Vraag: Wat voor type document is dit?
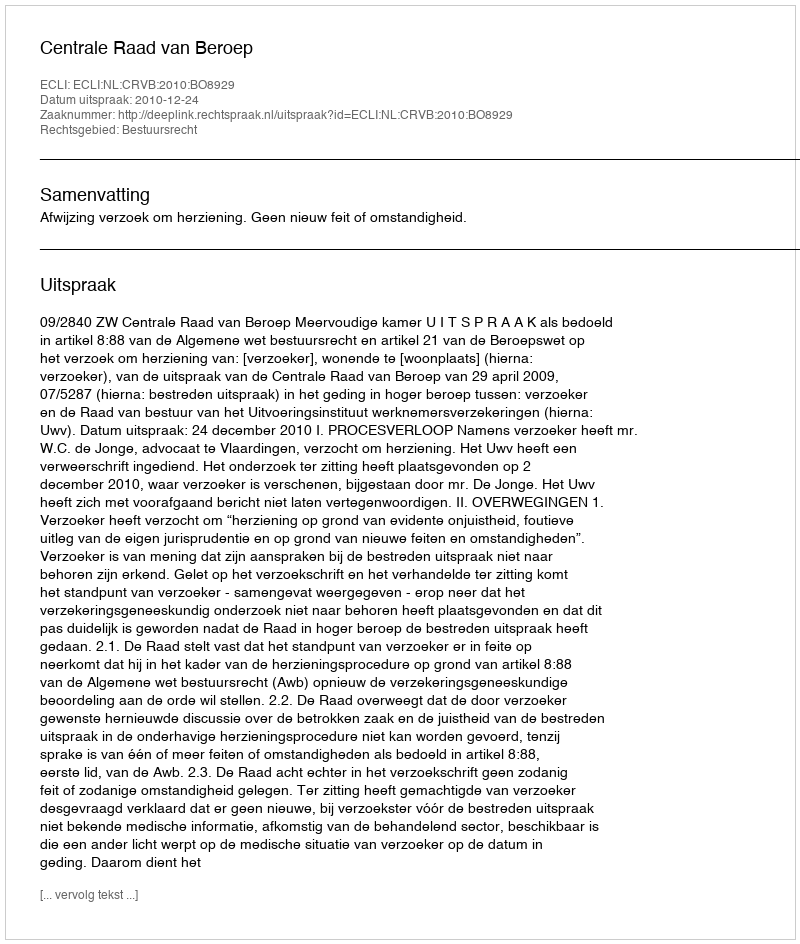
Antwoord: Uitspraak